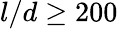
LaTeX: l/d\geq 200